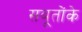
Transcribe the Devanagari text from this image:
सबूतोंके